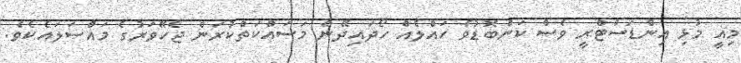
މިއީ މުޅި އިންޑަސްޓްރީ ވެސް ކަންބޮޑުވެ ހައްލެއް ހޯދައިދޭން މަސައްކަތްކުރަން ޖެހޭވަރުގެ މައްސަލައެކެވެ.